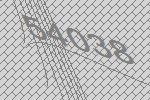
54038